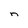
Character: n